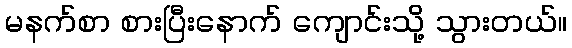
မနက်စာ စားပြီးနောက် ကျောင်းသို့ သွားတယ်။